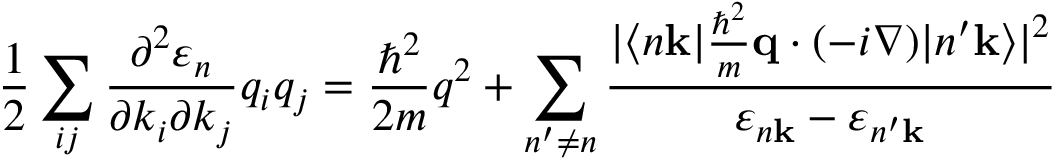
{ \frac { 1 } { 2 } } \sum _ { i j } { \frac { \partial ^ { 2 } \varepsilon _ { n } } { \partial k _ { i } \partial k _ { j } } } q _ { i } q _ { j } = { \frac { \hbar ^ { 2 } } { 2 m } } q ^ { 2 } + \sum _ { n ^ { \prime } \neq n } { \frac { | \langle n \mathbf { k } | { \frac { \hbar ^ { 2 } } { m } } \mathbf { q } \cdot ( - i \nabla ) | n ^ { \prime } \mathbf { k } \rangle | ^ { 2 } } { \varepsilon _ { n \mathbf { k } } - \varepsilon _ { n ^ { \prime } \mathbf { k } } } }